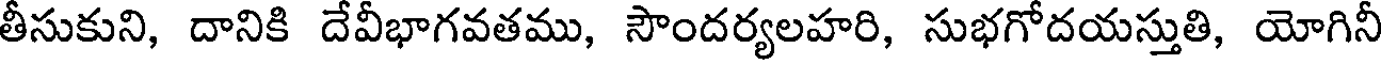
తీసుకుని, దానికి దేవీభాగవతము, సౌందర్యలహరి, సుభగోదయస్తుతి, యోగినీ